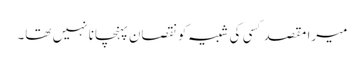
میرا مقصد کسی کی شبیہ کونقصان پہنچانا نہیں تھا۔